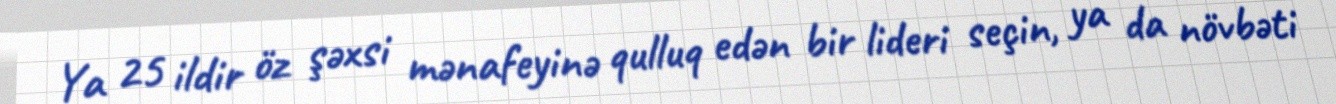
Ya 25 ildir öz şəxsi mənafeyinə qulluq edən bir lideri seçin, ya da növbəti